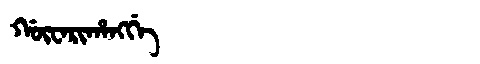
Manchu: ᡤᡡᠸᠠᡵᡳᡥᠠᠩᡤᡝ
Romanization: GŪWARIHANGGE